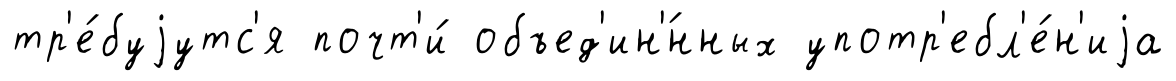
тр'е́буjутс'я почт'и́ объед'ин'́нных употр'ебл'е́н'иjа